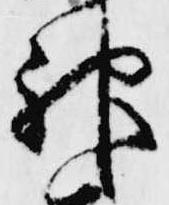
神